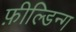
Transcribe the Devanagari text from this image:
फ़ील्डिन्ग